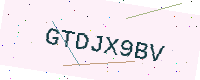
Text: GTDJX9BV